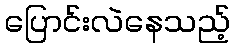
ပြောင်းလဲနေသည့်